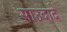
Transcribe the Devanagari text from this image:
साउदादे